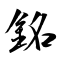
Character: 銘